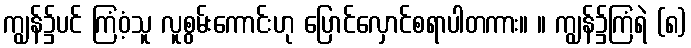
ကျွန်၌ပင် ကြံဝံ့သူ လူစွမ်းကောင်းဟု ပြောင်လှောင်စရာပါတကား။ ။ ကျွန်၌ကြံရဲ (၈)